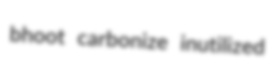
bhoot carbonize inutilized